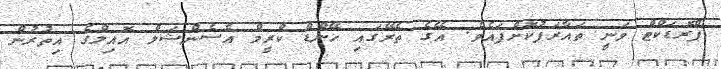
ޕްރޮޑަކްޓް ވަނީ ތައާރަފުކޮށްފައެވެ. އޭގެ ތެރޭގައި ހޭންޑް ކްރީމް އެސެންޝަލް އޮއިލްގެ އިތުރުން